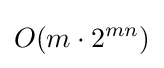
O(m\cdot 2^{mn})